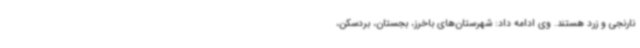
نارنجی و زرد هستند. وی ادامه داد: شهرستان‌های باخرز، بجستان، بردسکن،